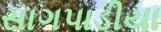
સાગપાડીયા